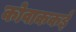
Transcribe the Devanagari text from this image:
कोवाककई